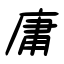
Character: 庸